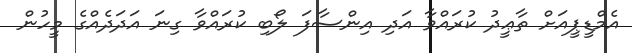
އެމްޑީޕީއަށް ތާޢީދު ކުރައްވާ އަދި އިންސާފަ ލޯބި ކުރައްވާ ގިނަ އަދަދެއްގެ މީހުން